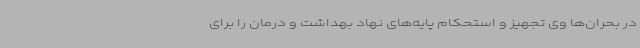
در بحران‌ها وی تجهیز و استحکام پایه‌های نهاد بهداشت و درمان را برای